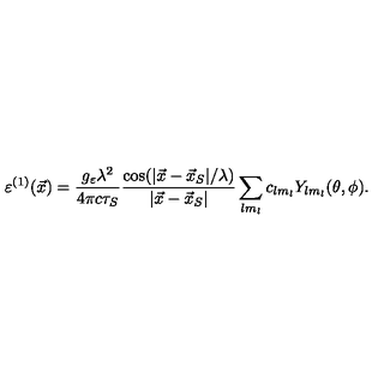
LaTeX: \varepsilon ^ { ( 1 ) } ( \vec { x } ) = \frac { g _ { \varepsilon } \lambda ^ { 2 } } { 4 \pi c \tau _ { S } } \frac { \cos ( | \vec { x } - \vec { x } _ { S } | / \lambda ) } { | \vec { x } - \vec { x } _ { S } | } \sum _ { l m _ { l } } c _ { l m _ { l } } Y _ { l m _ { l } } ( \theta , \phi ) .